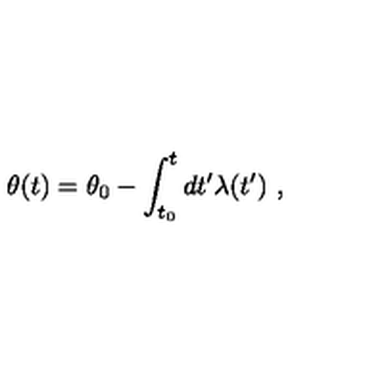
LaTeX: \theta ( t ) = \theta _ { 0 } - \int _ { t _ { 0 } } ^ { t } d t ^ { \prime } \lambda ( t ^ { \prime } ) \ ,